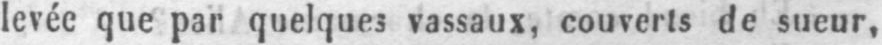
levée que par quelques vassaux, couverts de sueur,